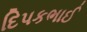
દિપકભાઈ